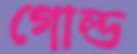
গোল্ড